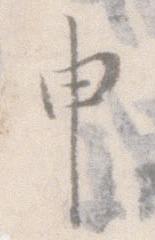
申